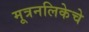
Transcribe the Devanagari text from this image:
मूत्रनलिकेचे